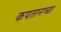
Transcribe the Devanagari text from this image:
कपतानच्या